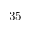
3 5